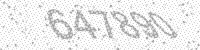
Solution: 647890